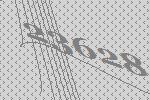
23628